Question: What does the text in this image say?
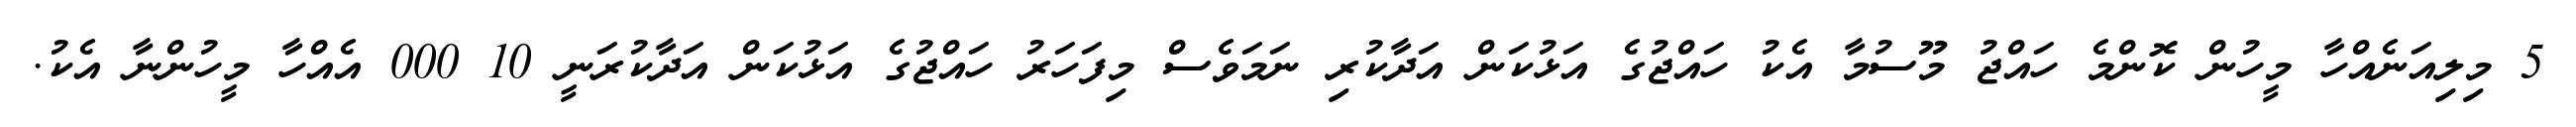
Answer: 5 މިލިއަނެއްހާ މީހުން ކޮންމެ ހައްޖު މޫސުމާ އެކު ހައްޖުގެ އަޅުކަން އަދާކުރި ނަމަވެސް މިފަހަރު ހައްޖުގެ އަޅުކަން އަދާކުރަނީ 10 000 އެއްހާ މީހުންނާ އެކު.